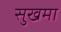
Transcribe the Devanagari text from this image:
सुखमा